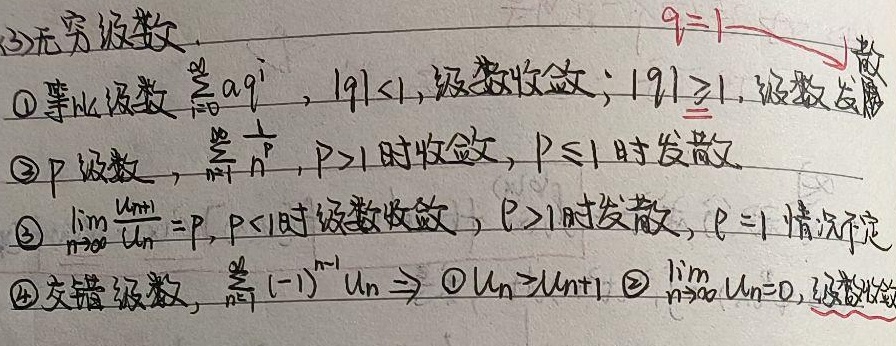
(3)无穷级数
\textcircled{1}等比级数 \(\sum_{i = 0}^{\infty}aq^{i}\)，当\(\vert q\vert\lt1\)时，级数收敛；当\(\vert q\vert\geq1\)时，级数发散。
\textcircled{2}\(p\)级数，\(\sum_{n = 1}^{\infty}\frac{1}{n^{p}}\)，当\(p\gt1\)时收敛，当\(p\leq1\)时发散。
\textcircled{3}\(\lim_{n\rightarrow\infty}\frac{u_{n + 1}}{u_{n}}=\rho\)，当\(\rho\lt1\)时级数收敛，当\(\rho\gt1\)时发散，当\(\rho = 1\)时情况不定。
\textcircled{4}交错级数，\(\sum_{n = 1}^{\infty}(-1)^{n - 1}u_{n}\)，当满足\textcircled{1}\(u_{n}\geq u_{n + 1}\)且\textcircled{2}\(\lim_{n\rightarrow\infty}u_{n}=0\)时，级数收敛。